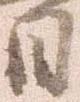
日